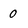
Character: 0